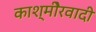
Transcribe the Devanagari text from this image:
काश्‍मीेरवादी